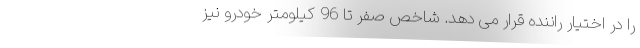
را در اختیار راننده قرار می دهد. شاخص صفر تا 96 کیلومتر خودرو نیز